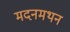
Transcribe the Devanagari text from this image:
मदनमथन